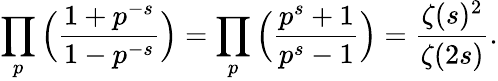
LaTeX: \prod_{p}{\Big(}{\frac{1+p^{-s}}{1-p^{-s}}}{\Big)}=\prod_{p}{\Big(}{\frac{p^{s}+1}{p^{s}-1}}{\Big)}={\frac{\zeta(s)^{2}}{\zeta(2s)}}.